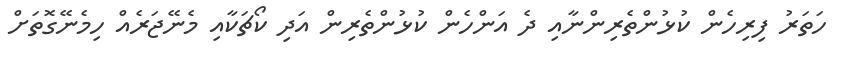
ހަތަރު ފިރިހެން ކުޅުންތެރިންނާއި ދެ އަންހެން ކުޅުންތެރިން އަދި ކޯޗަކާއި މެނޭޖަރެއް ހިމެނޭގޮތަށް